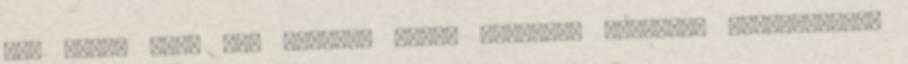
nem több, csak egy hiteles tanú. Ko­rábban egy­részt feleslegesen